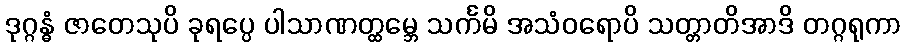
ဒုဂ္ဂန္ဓံ ဇာတေသုပိ ခုရပ္ပေ ပါသာဏတ္ထမ္ဘေ သင်္ကမိ အသံဝရောပိ သတ္တာတိအာဒိ တဂ္ဂရုကာ